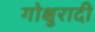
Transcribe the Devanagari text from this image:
गोक्षुरादी